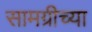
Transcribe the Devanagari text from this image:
सामग्रीच्या